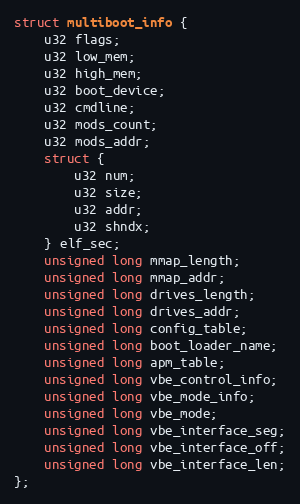
Language: C
struct multiboot_info {
	u32 flags;
	u32 low_mem;
	u32 high_mem;
	u32 boot_device;
	u32 cmdline;
	u32 mods_count;
	u32 mods_addr;
	struct {
		u32 num;
		u32 size;
		u32 addr;
		u32 shndx;
	} elf_sec;
	unsigned long mmap_length;
	unsigned long mmap_addr;
	unsigned long drives_length;
	unsigned long drives_addr;
	unsigned long config_table;
	unsigned long boot_loader_name;
	unsigned long apm_table;
	unsigned long vbe_control_info;
	unsigned long vbe_mode_info;
	unsigned long vbe_mode;
	unsigned long vbe_interface_seg;
	unsigned long vbe_interface_off;
	unsigned long vbe_interface_len;
};